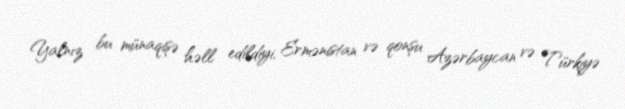
Yalnız bu münaqişə həll edildiyi, Ermənistan və qonşu Azərbaycan və Türkiyə